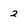
Character: 2